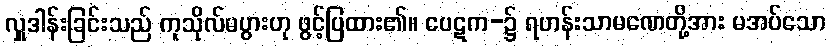
လှူဒါန်းခြင်းသည် ကုသိုလ်မပွားဟု ဖွင့်ပြထား၏။ ပေဋက-၌ ရဟန်းသာမဏေတို့အား မအပ်သော